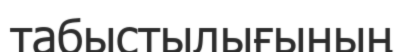
табыстылығының